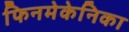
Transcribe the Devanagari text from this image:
फिनमेकेनिका